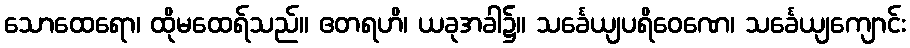
သောထေရော၊ ထိုမထေရ်သည်။ ဧတရဟိ၊ ယခုအခါ၌။ သင်္ခေယျပရိဝေဏေ၊ သင်္ခေယျကျောင်း